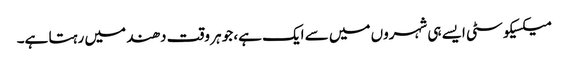
میکسیکو سٹی ایسے ہی شہروں میں سے ایک ہے، جو ہر وقت دھند میں رہتا ہے۔